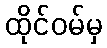
ထိုင်ဝမ်မှ